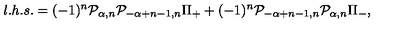
l . h . s . = ( - 1 ) ^ { n } { \cal P } _ { \alpha , n } { \cal P } _ { - \alpha + n - 1 , n } \Pi _ { + } + ( - 1 ) ^ { n } { \cal P } _ { - \alpha + n - 1 , n } { \cal P } _ { \alpha , n } \Pi _ { - } ,